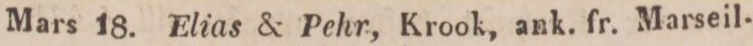
Mars    18.    Elias & Pehr., Krook, ank. fr. Marseil-